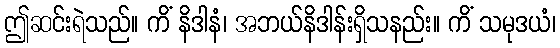
ဤဆင်းရဲသည်။ ကိံ နိဒါနံ၊ အဘယ်နိဒါန်းရှိသနည်း။ ကိံ သမုဒယံ၊